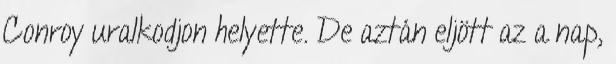
Conroy uralkodjon helyette. De aztán eljött az a nap,